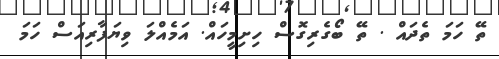
ތޭ ހަމަ ތެދައް . ތޭ ބޯގެރިގޮސް ހިށިމީހައް. އަމެއްލަ ވިޔަފާރިއަސް ހަމަ